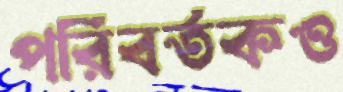
পরিবর্তকও